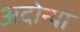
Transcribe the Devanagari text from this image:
अदोन्या